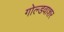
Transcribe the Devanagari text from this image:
गोल्डवाशर